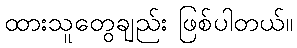
ထားသူတွေချည်း ဖြစ်ပါတယ်။